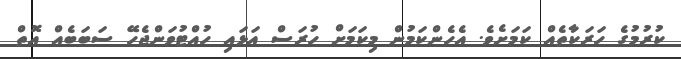
ކުރުމުގެ ހަރަކާތެއް ކަމަށެވެ. އެހެންކަމުން މިކަމަށް ހުރަސް އަޅައި ހުއްޓުވަންޖެހޭ ސަބަބެއް އޮތް